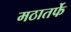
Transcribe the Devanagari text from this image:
मठातर्फे